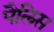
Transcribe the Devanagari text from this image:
पैलिस